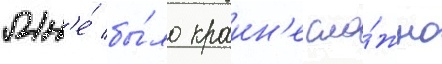
Мн'е́ бы́ло краин'е сло́жно